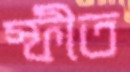
স্ফীত